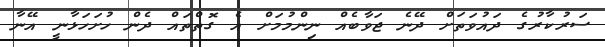
ސަރުކާރުގެ ދައުވަތަށް ދޭނެ ޖަވާބެއް ނިންމުމަށް އެ ގޮތްތައް ދެން ހުށަހަޅާނީ އޭނާ